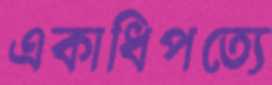
একাধিপত্যে